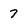
Character: 7